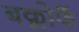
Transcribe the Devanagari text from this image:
बक्लोफें